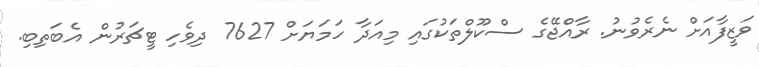
ވަޒީފާއަށް ނެރެވުނު. ރާއްޖޭގެ ސްކޫލްތަކުގައި މިއަދާ ހަމަޔަށް 7627 ދިވެހި ޓީޗަރުން އެބަތިބި.